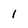
Character: l